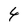
Character: 4